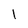
Character: 1